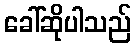
ခေါ်ဆိုပါသည်